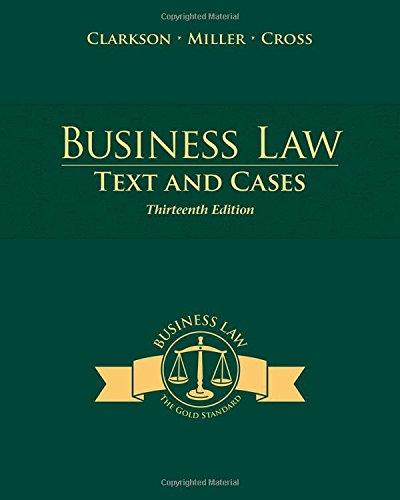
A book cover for Business Law: Text and Cases; Kenneth W. Clarkson; Education & Teaching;